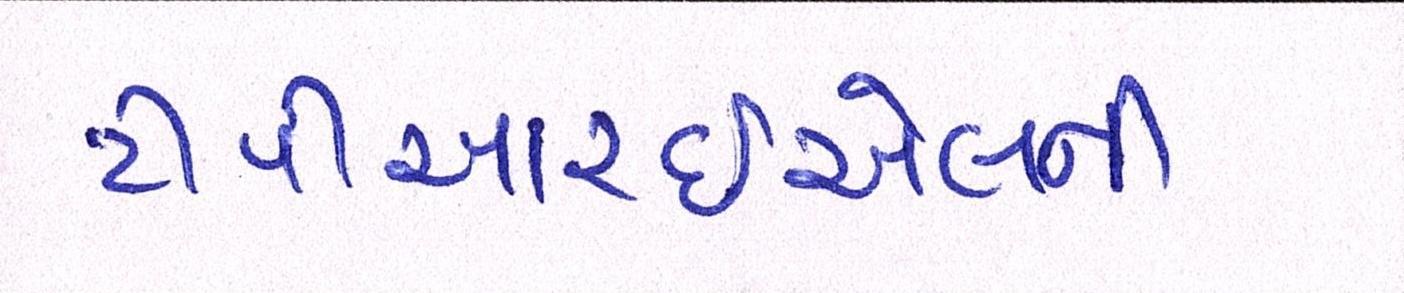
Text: ટીપીઆરઇએલની